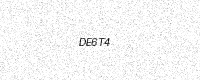
Text: DE6T4